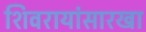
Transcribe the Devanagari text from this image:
शिवरायांसारखा